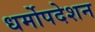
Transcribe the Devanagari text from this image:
धर्मोपदेशन